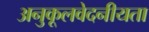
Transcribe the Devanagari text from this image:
अनुकूलवेदनीयता